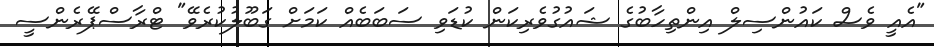
"އެއީ ވެސް ކައުންސިލް އިންތިހާބުގެ ޝައުގުވެރިކަން ކުޑަވި ސަބަބެއް ކަމަށް ގަބޫލުކުރެވޭ" ޓްރާސްޕޭރެންސީ